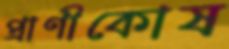
প্রাণীকোষ